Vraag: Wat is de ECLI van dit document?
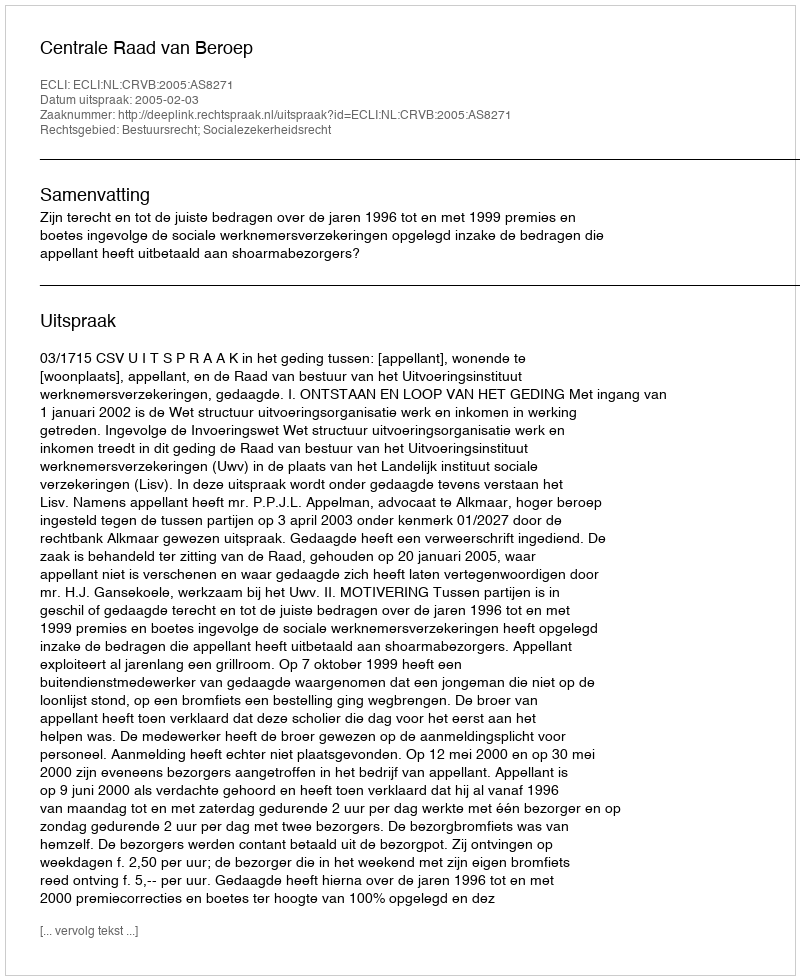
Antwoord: ECLI:NL:CRVB:2005:AS8271